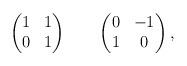
LaTeX: \begin{align*}\begin{pmatrix}1 & 1 \\ 0 & 1 \end{pmatrix} \qquad\begin{pmatrix}0 & -1 \\ 1 & 0 \end{pmatrix},\end{align*}